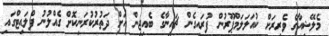
މެލޭޝިއާގެ ވެރިރަށް ކުއަލަލަމްޕޫރުން ފުރައިގެން ޗައިނާގެ ބެއިޖިން އަށް ދަތުރުކުރަނިކޮށް ގެއްލުނު ފްލައިޓްގައި